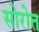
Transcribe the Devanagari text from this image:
सोरोत